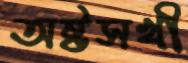
অষ্টসখী